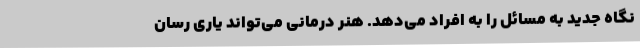
نگاه جدید به مسائل را به افراد می‌دهد. هنر درمانی می‌تواند یاری رسان